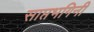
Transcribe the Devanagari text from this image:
साप्तभगिनी